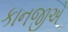
કાનજીએ